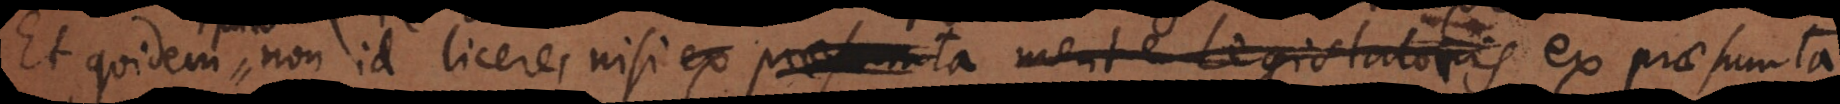
Et quidem non id licere, nisi ex praesumta mente Legislatoris. Hae